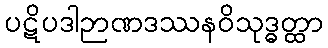
ပဋိပဒါဉာဏဒဿနဝိသုဒ္ဓတ္ထာ